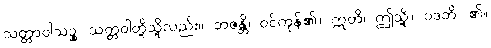
သတ္တာဝါသဉ္စ၊ သတ္တဝါတို့သို့လည်း။ ဘဇန္တိ၊ ဝင်ကုန်၏။ ဣတိ၊ ဤသို့။ ဝဒတိ၊ ၏။